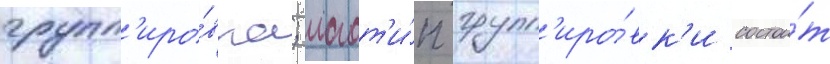
групп'иро́вка; логот'и́п групп'иро́вк'и состои́т